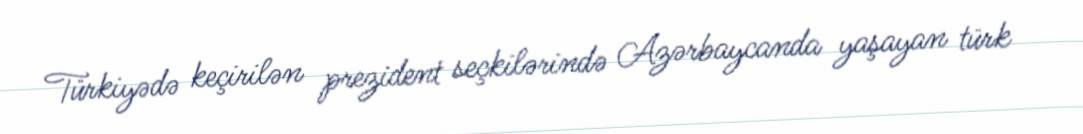
Türkiyədə keçirilən prezident seçkilərində Azərbaycanda yaşayan türk